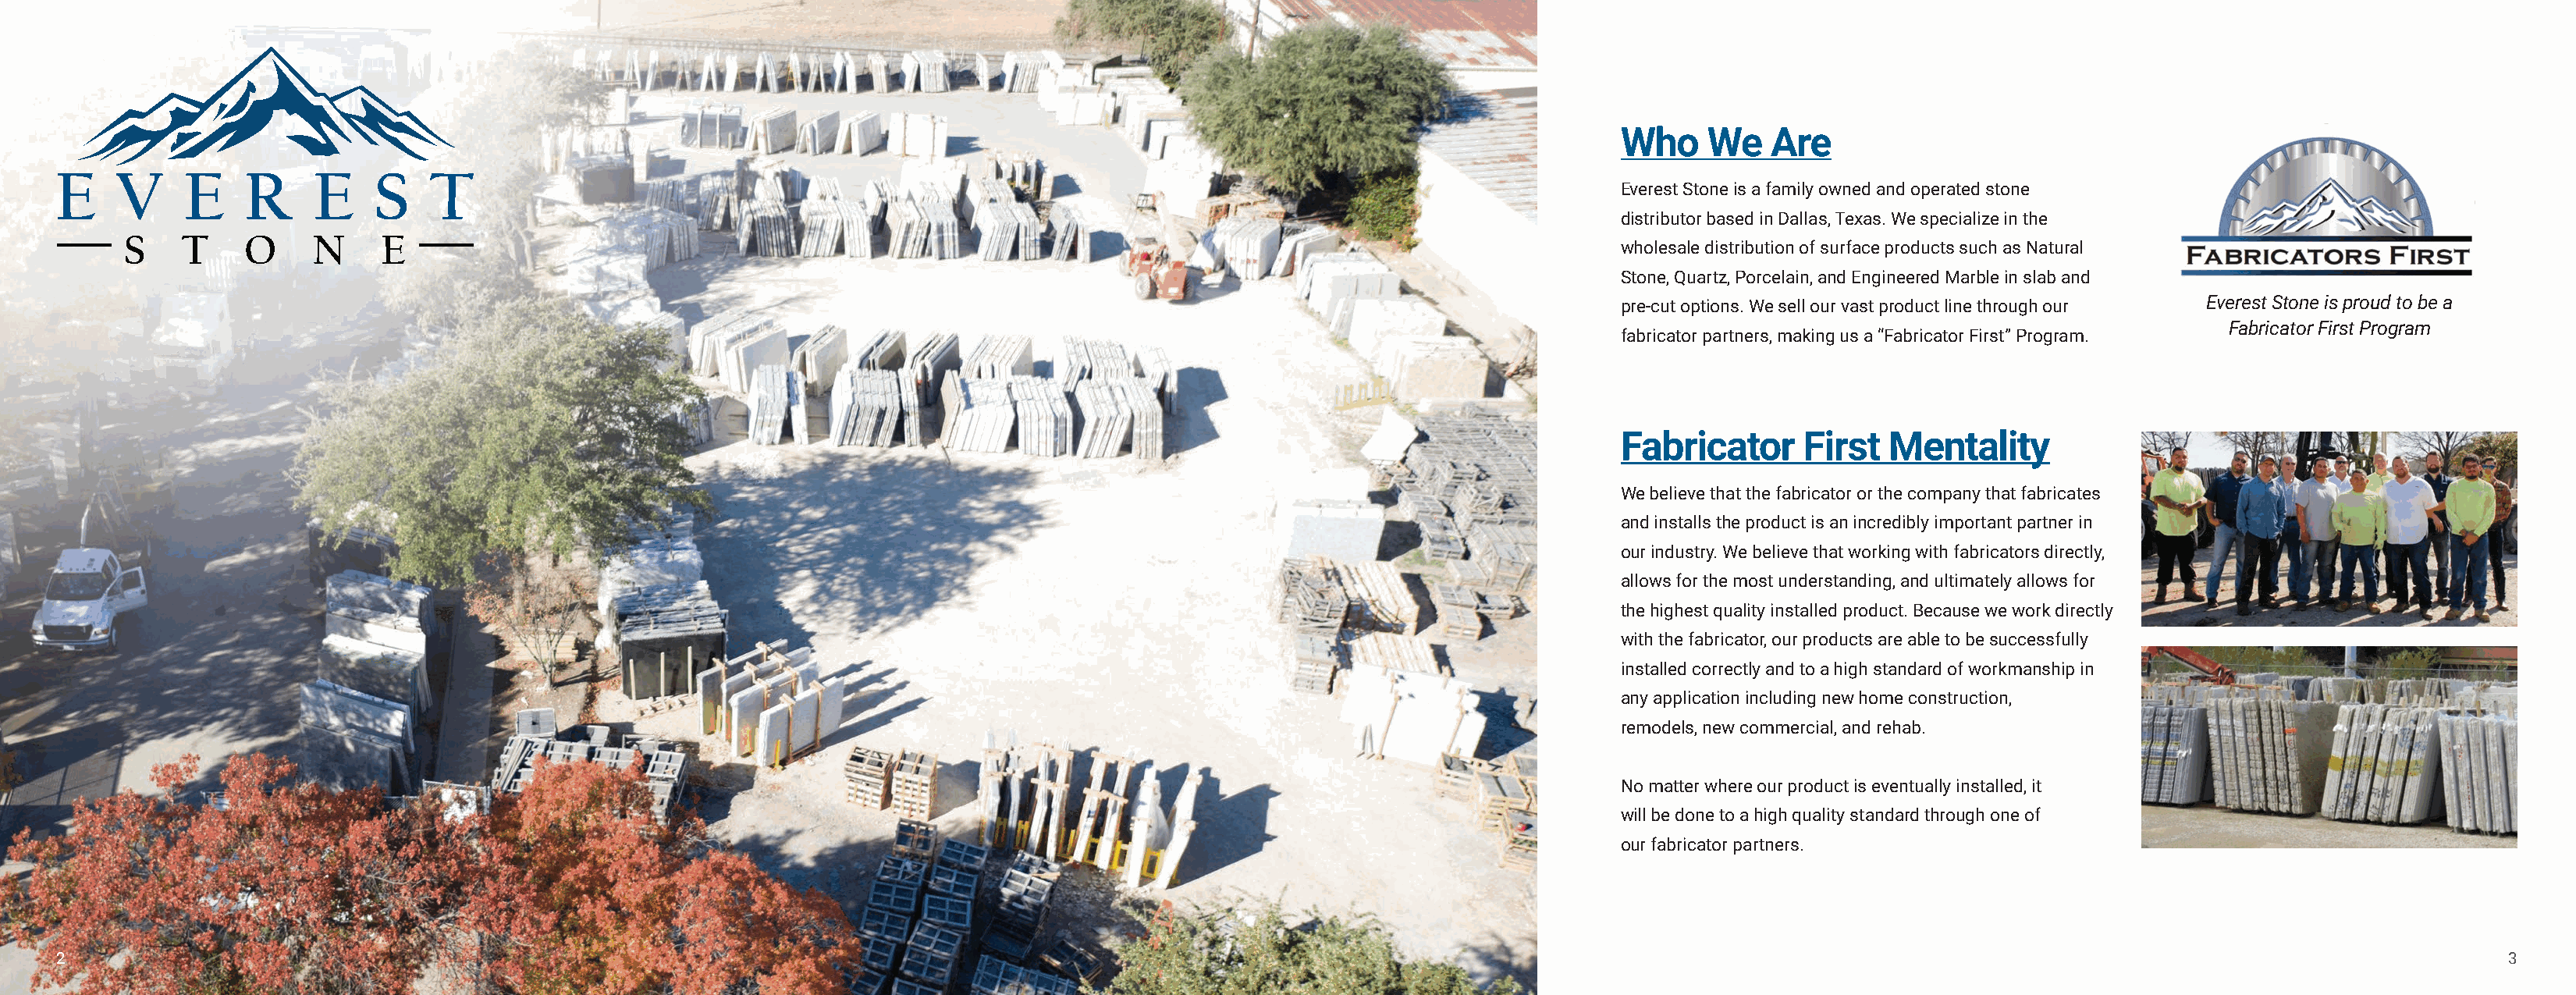
Who     We   Are
 Everest Stone is a family owned and operated stone
 distributor based in Dallas, Texas. We specialize in the
 wholesale distribution of surface products such as Natural
 Stone, Quartz, Porcelain, and Engineered Marble in slab and
 pre-cut options. We sell our vast product line through our Everest Stone is proud to be a
 Fabricator First Program
 fabricator partners, making us a “Fabricator First” Program.
 Fabricator      First  Mentality
 We believe that the fabricator or the company that fabricates
 and installs the product is an incredibly important partner in
 our industry. We believe that working with fabricators directly,
 allows for the most understanding, and ultimately allows for
 the highest quality installed product. Because we work directly
 with the fabricator, our products are able to be successfully
 installed correctly and to a high standard of workmanship in
 any application including new home construction,
 remodels, new commercial, and rehab.
 No matter where our product is eventually installed, it
 will be done to a high quality standard through one of
 our fabricator partners.
 2                                                                                                                                                                                                               3